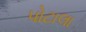
પોટાલા